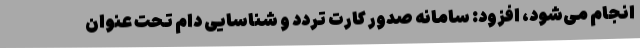
انجام می‌شود، افزود: سامانه صدور کارت تردد و شناسایی دام تحت عنوان